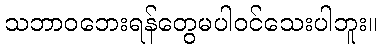
သဘာဝဘေးရန်တွေမပါဝင်သေးပါဘူး။